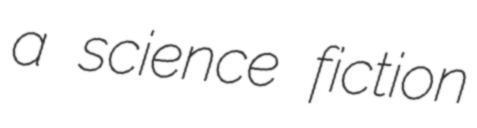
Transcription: a science fiction